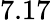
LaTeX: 7.17